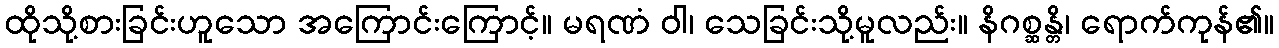
ထိုသို့စားခြင်းဟူသော အကြောင်းကြောင့်။ မရဏံ ဝါ၊ သေခြင်းသို့မူလည်း။ နိဂစ္ဆန္တိ၊ ရောက်ကုန်၏။